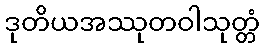
ဒုတိယအဿုတဝါသုတ္တံ